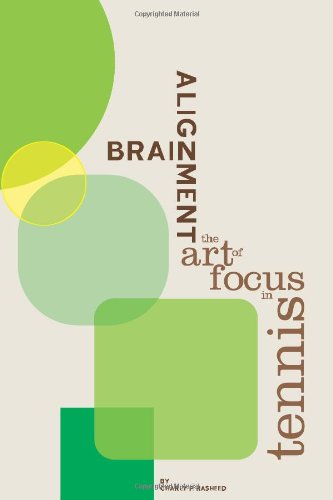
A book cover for Brain Alignment: The Art of Focus In Tennis; Charly P Rasheed; Sports & Outdoors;